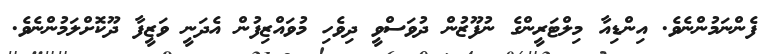
ފެންނަމުންނެވެ. އިންޑިއާ މިލްޓަރީންގެ ނުފޫޒުން ދުވަސްވީ ދިވެހި މުވައްޒިފުން އެދަނީ ވަޒީފާ ދޫކޮށްލަމުންނެވެ.